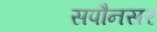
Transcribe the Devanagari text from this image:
सपौनसर